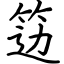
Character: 笾